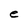
Character: e